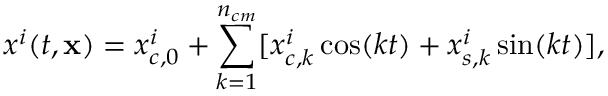
x ^ { i } ( t , \mathbf { x } ) = x _ { c , 0 } ^ { i } + \sum _ { k = 1 } ^ { { n _ { c m } } } [ x _ { c , k } ^ { i } \cos ( k t ) + x _ { s , k } ^ { i } \sin ( k t ) ] ,